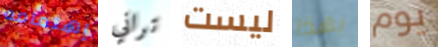
إهتمامه تراني ليست بهذا يوم